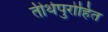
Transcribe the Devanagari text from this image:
तीर्थपुरोहित